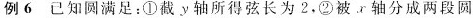
例6已知圆满足：①截ν轴所得弦长为2，②被x轴分成两段圆